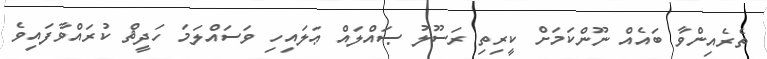
ތެރެއިންވާ ބައެއް ނޫންކަމަށް ކީރިތި ރަސޫލު ޞައްލައް ޢަލައިހި ވަސައްލަމަ ހަދީޘް ކުރައްވާފައިވެ